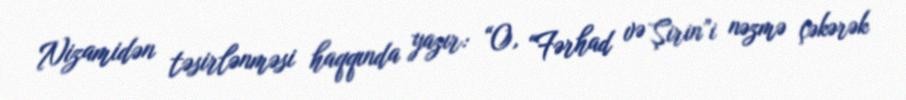
Nizamidən təsirlənməsi haqqında yazır: “O, “Fərhad və Şirin”i nəzmə çəkərək